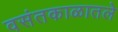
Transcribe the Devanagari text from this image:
वसंतकाळातले